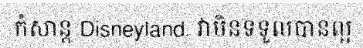
កំសាន្ត Disneyland. វាមិនទទួលបានល្អ